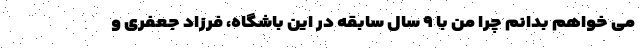
می خواهم بدانم چرا من با ۹ سال سابقه در این باشگاه، فرزاد جعفری و